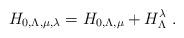
LaTeX: \begin{align*}H_{0,\Lambda, \mu, \lambda} = H_{0,\Lambda,\mu} + H_{\Lambda}^{\lambda} \ .\end{align*}